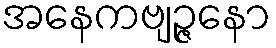
အနေကဗျဉ္ဇနော